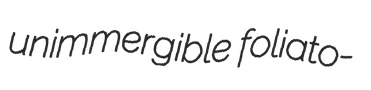
unimmergible foliato-